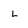
Character: L